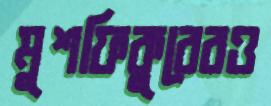
মুশফিকুরেরও